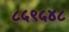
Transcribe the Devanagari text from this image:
८५९५४८